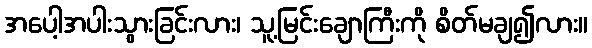
အပေါ့အပါးသွားခြင်းလား၊ သူ့မြင်းချောကြီးကို စိတ်မချ၍လား။